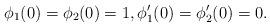
\begin{align*} \phi_1(0)=\phi_2(0)=1, \phi_1'(0)=\phi_2'(0)=0. \end{align*}